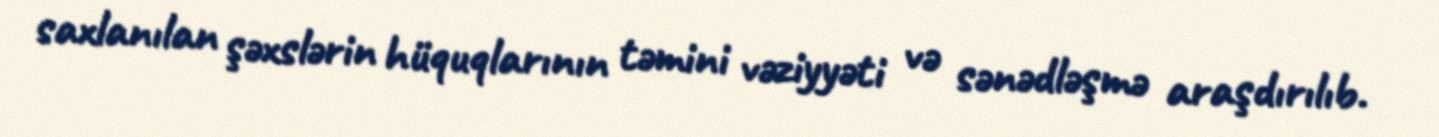
saxlanılan şəxslərin hüquqlarının təmini vəziyyəti və sənədləşmə araşdırılıb.